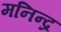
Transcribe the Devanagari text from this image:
मनिन्द्र